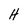
Character: H